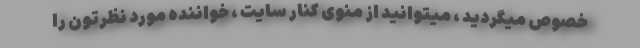
خصوص میگردید ، میتوانید از منوی کنار سایت ، خواننده مورد نظرتون را